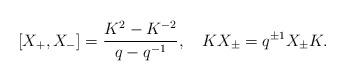
LaTeX: \begin{align*}[X_+, X_-] = \frac{K^2-K^{-2}}{q-q^{-1}}, \quad KX_\pm = q^{\pm1} X_\pm K.\end{align*}